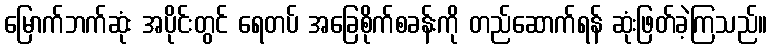
မြောက်ဘက်ဆုံး အပိုင်းတွင် ရေတပ် အခြေစိုက်စခန်းကို တည်ဆောက်ရန် ဆုံးဖြတ်ခဲ့ကြသည်။